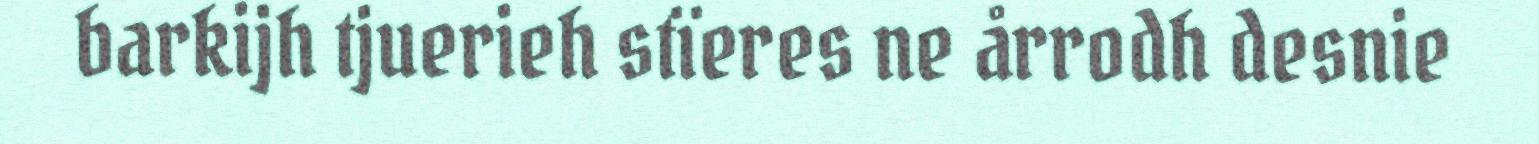
barkijh tjuerieh stïeres ne årrodh desnie